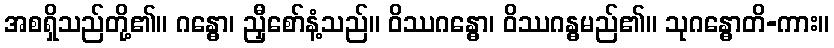
အစရှိသည်တို့၏။ ဂန္ဓော၊ ညှီစော်နံ့သည်။ ဝိဿဂန္ဓော၊ ဝိဿဂန္ဓမည်၏။ သုဂန္ဓောတိ-ကား။